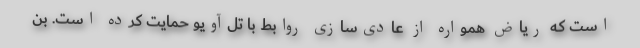
است که ریاض همواره از عادی‌سازی روابط با تل‌آویو حمایت کرده است. بن